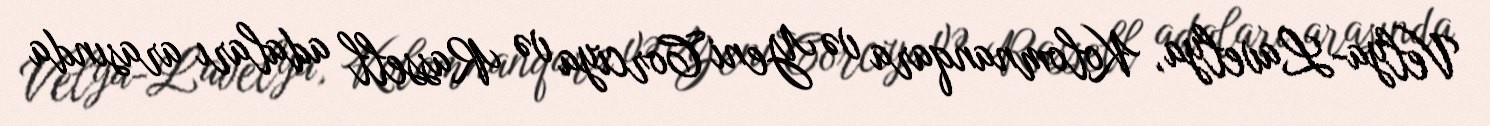
Velya-Lavelya, Kolomnanqara və Yeni Corciya və Rassell adaları arasında